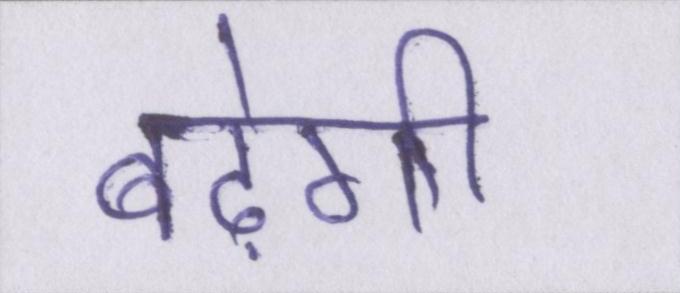
बढ़ेगी